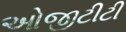
ઓજીટીટી